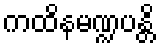
ကထိနမဏ္ဍပန္တိ